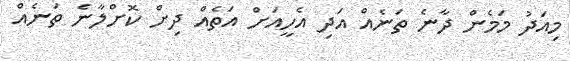
މިއަދު މަމެން ދާނެ ތަނެއް އަދި އެހީއަށް އަތެއް ދިށް ކޮށްލާނެ ތަނެއް